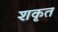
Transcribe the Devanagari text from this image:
शकृत